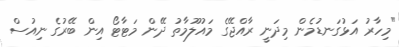
"މިހާރު އަޅުގަނޑުމެން މިދަނީ ރާއްޖޭގެ މައުލޫމާތު ދޭން މަޓާޓޯ އިން ބޭރުގެ ނިއުސް